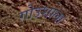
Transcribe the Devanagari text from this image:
गोउशाला